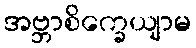
အဗ္ဘာစိက္ခေယျာမ